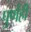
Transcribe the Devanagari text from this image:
पुर्णही